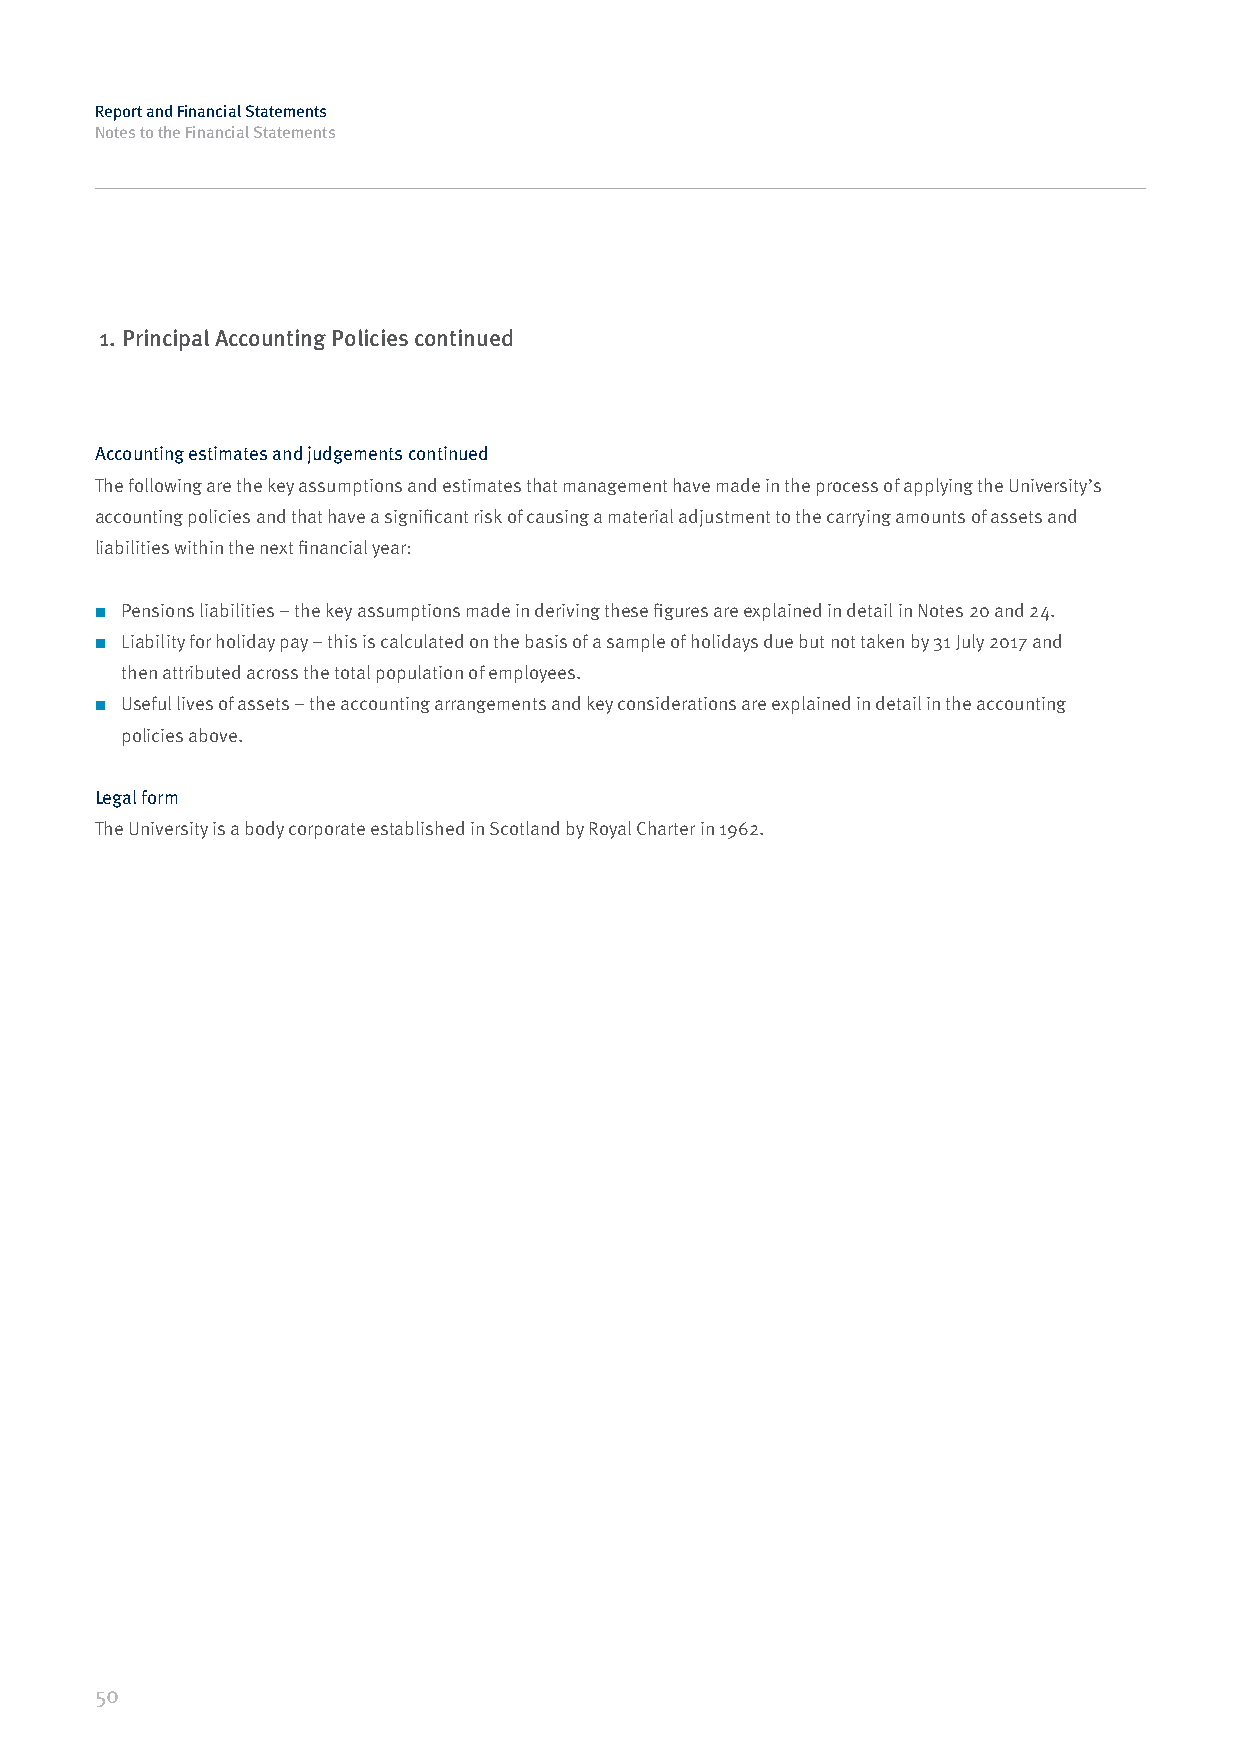
Report and Financial Statements
 Notes to the Financial Statements
 1. Principal Accounting Policies continued
 Accounting estimates and judgements continued
 The following are the key assumptions and estimates that management have made in the process of applying the University’s
 accounting policies and that have a significant risk of causing a material adjustment to the carrying amounts of assets and
 liabilities within the next financial year:
 ■ Pensions liabilities – the key assumptions made in deriving these figures are explained in detail in Notes 20 and 24.
 ■ Liability for holiday pay – this is calculated on the basis of a sample of holidays due but not taken by 31 July 2017 and
 then attributed across the total population of employees.
 ■ Useful lives of assets – the accounting arrangements and key considerations are explained in detail in the accounting
 policies above.
 Legal form
 The University is a body corporate established in Scotland by Royal Charter in 1962.
 50